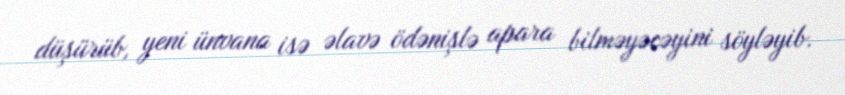
düşürüb, yeni ünvana isə əlavə ödənişlə apara bilməyəcəyini söyləyib.